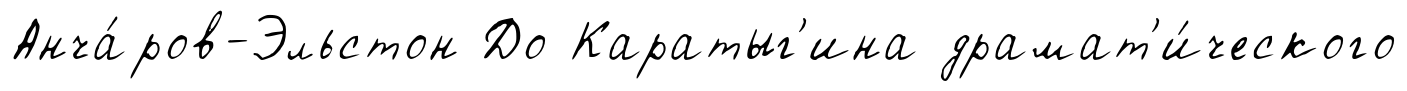
Анча́ров-Эльстон До Каратыг'ина драмат'и́ческого